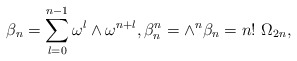
\begin{align*} \beta_n=\sum\limits_{l=0}^{n-1}\omega^l\wedge\omega^{n+l},\beta_n^n=\wedge^n\beta_n=n!~\Omega_{2n},\end{align*}